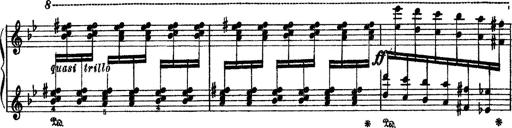
Title: Sarabande und Chaconne aus dem Singspiel
Composer: Franz Liszt